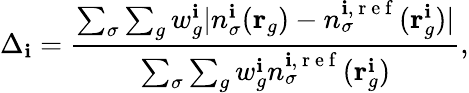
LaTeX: \Delta_{\mathbf{i}}=\frac{{\sum_{\sigma}\sum_{g}w_{g}^{\mathbf{i}}|n_{\sigma}^{\mathbf{i}}(\mathbf{{r}}_{g})-n_{\sigma}^{\mathbf{i},\mathrm{{~r~e~f~}}}(\mathbf{{r}}_{g}^{\mathbf{i}})|}}{{\sum_{\sigma}\sum_{g}w_{g}^{\mathbf{i}}n_{\sigma}^{\mathbf{i},\mathrm{{~r~e~f~}}}(\mathbf{{r}}_{g}^{\mathbf{i}})}},